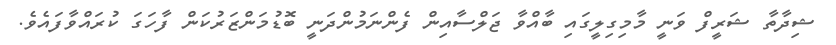
ޝިދާތާ ޝަރީފް ވަނީ މާމިގިލީގައި ބާއްވާ ޖަލްސާއިން ފެންނަމުންދަނީ ބޮޑުމަންޒަރުކަން ފާހަގަ ކުރައްވާފައެވެ.